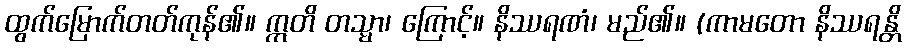
ထွက်မြောက်တတ်ကုန်၏။ ဣတိ တသ္မာ၊ ကြောင့်။ နိဿရဏံ၊ မည်၏။ (ကာမတော နိဿရန္တိ